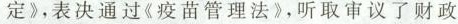
定》，表决通过《疫苗管理法》，听取审议了财政